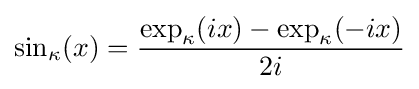
\sin _{\kappa }(x)={\frac {\exp _{\kappa }(ix)-\exp _{\kappa }(-ix)}{2i}}